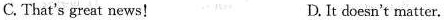
C.That's great news!D.It doesn't matter.